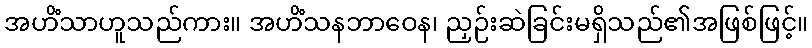
အဟိံသာဟူသည်ကား။ အဟိံသနဘာဝေန၊ ညှဉ်းဆဲခြင်းမရှိသည်၏အဖြစ်ဖြင့်။